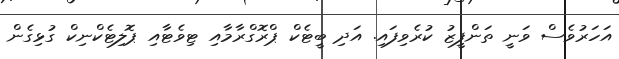
އަހަރުވެސް ވަނީ ތަންފީޒު ކުރެވިފައި. އަދި ބީޓެކް ޕްރޮގްރާމާއި ޓިވެޓާއި ޕޮލިޓެކްނިކް ގުޅިގެން